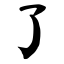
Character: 了